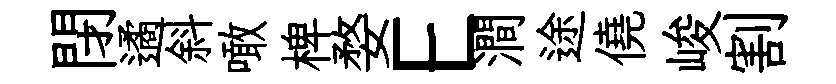
閉遹斜噉椑婺E澗途僥峻割